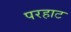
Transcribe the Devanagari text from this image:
परहाट